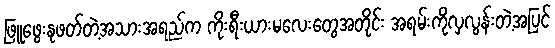
ဖြူဖွေးနုဖတ်တဲ့အသားအရည်က ကိုးရီးယားမလေးတွေအတိုင်း အရမ်းကိုလှလွန်းတဲ့အပြင်